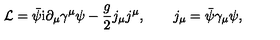
{ \cal L } = \bar { \psi } \mathrm { i } \partial _ { \mu } \gamma ^ { \mu } \psi - \frac { g } { 2 } j _ { \mu } j ^ { \mu } , \quad \quad j _ { \mu } = \bar { \psi } \gamma _ { \mu } \psi ,